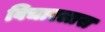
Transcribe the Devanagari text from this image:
विचारलास